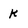
Character: k